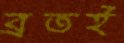
ব্রতই